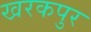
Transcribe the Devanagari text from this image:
खरकपुर